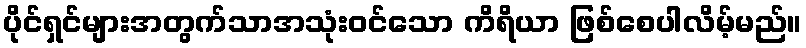
ပိုင်ရှင်များအတွက်သာအသုံးဝင်သော ကိရိယာ ဖြစ်စေပါလိမ့်မည်။